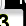
Digit: 3